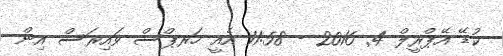
ކުޑޭ އޭޕްރީލް 4